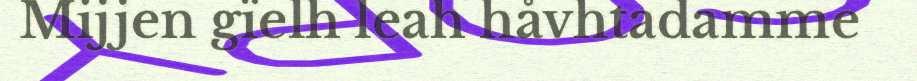
Mijjen gïelh leah håvhtadamme